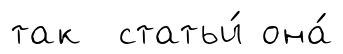
так статьи́ она́